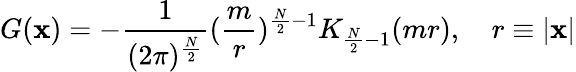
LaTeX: G(\mathbf{x})=-\frac{1}{(2\pi)^{\frac{N}{2}}}(\frac{m}{r})^{\frac{N}{2}-1}K_{\frac{N}{2}-1}(mr),\quad r\equiv|\mathbf{x}|